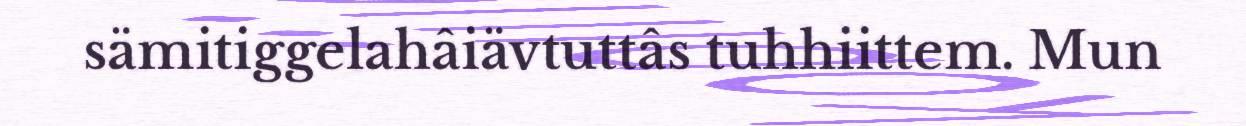
sämitiggelahâiävtuttâs tuhhiittem. Mun